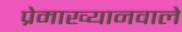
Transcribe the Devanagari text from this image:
प्रेमाख्यानवाले